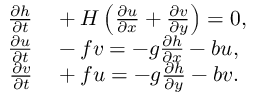
\begin{array} { r l } { { \frac { \partial h } { \partial t } } } & { { } + H \left( { \frac { \partial u } { \partial x } } + { \frac { \partial v } { \partial y } } \right) = 0 , } \\ { { \frac { \partial u } { \partial t } } } & { { } - f v = - g { \frac { \partial h } { \partial x } } - b u , } \\ { { \frac { \partial v } { \partial t } } } & { { } + f u = - g { \frac { \partial h } { \partial y } } - b v . } \end{array}